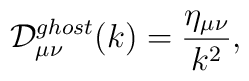
{\cal D}^{ghost}_{{\mu}{\nu}}(k)=\frac{\eta_{{\mu}{\nu}}}{k^2},